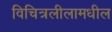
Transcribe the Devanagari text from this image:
विचित्रलीलामधील